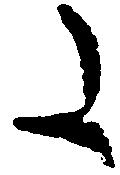
た